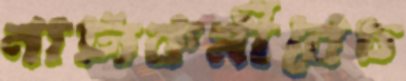
নাট্যকর্মীবেচ